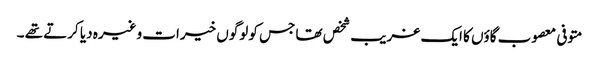
متوفی معصوب گاؤں کا ایک غریب شخص تھا جس کو لوگوں خیرات وغیرہ دیا کرتے تھے ۔